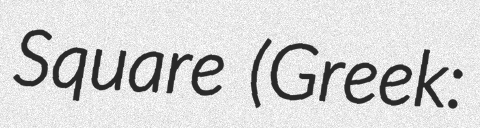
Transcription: Square (Greek: